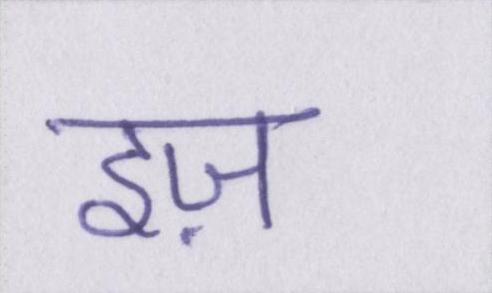
इज़